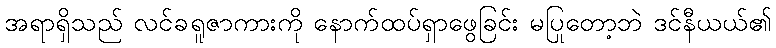
အရာရှိသည် လင်ခရူဇာကားကို နောက်ထပ်ရှာဖွေခြင်း မပြုတော့ဘဲ ဒင်နီယယ်၏